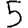
Digit: 5